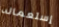
إستعماله